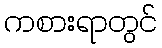
ကစားရာတွင်